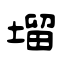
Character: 塯